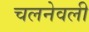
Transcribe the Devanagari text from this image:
चलनेवली